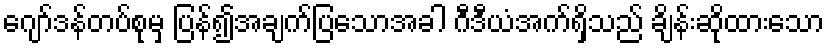
ဂျော်ဒန်တပ်စုမှ ပြန်၍အချက်ပြသောအခါ ဂီဒီယံအက်ရှိသည် ချိန်းဆိုထားသော